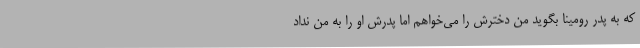
که به پدر رومینا بگوید من دخترش را می‌خواهم اما پدرش او را به من نداد